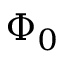
\Phi _ { 0 }